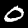
Label: 0